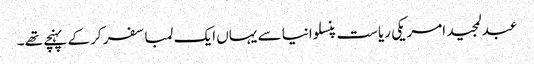
عبدلمجید امریکی ریاست پنسلوانیا سے یہاں ایک لمبا سفر کر کے پہنچے تھے ۔